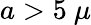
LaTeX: a>5\ \mu